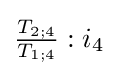
{\tfrac {T_{2;4}}{T_{1;4}}}:{i_{4}}